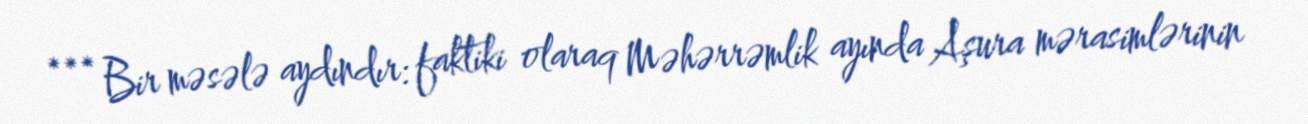
*** Bir məsələ aydındır: faktiki olaraq Məhərrəmlik ayında Aşura mərasimlərinin